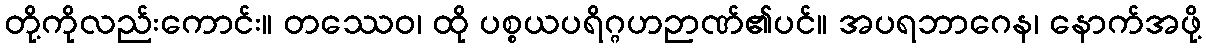
တို့ကိုလည်းကောင်း။ တဿေဝ၊ ထို ပစ္စယပရိဂ္ဂဟဉာဏ်၏ပင်။ အပရဘာဂေန၊ နောက်အဖို့